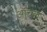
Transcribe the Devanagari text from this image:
ऑचल